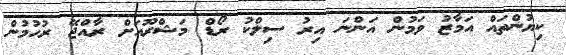
ކިޔުންތައް އަމާޒު ވަމުން އަންނަ އިރު ސިލްކު ރޯޑް މަޝްރޫއަށް ރާއްޖޭ ރުހުމުން